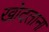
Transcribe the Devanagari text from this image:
खोदताना